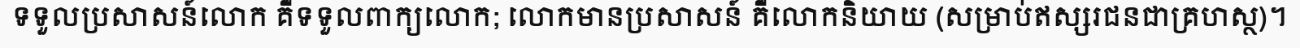
ទទួលប្រសាសន៍លោក គឺទទួលពាក្យលោក; លោកមានប្រសាសន៍ គឺលោកនិយាយ (សម្រាប់ឥស្សរជនជាគ្រហស្ថ)។